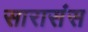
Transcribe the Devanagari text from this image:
सारासंस